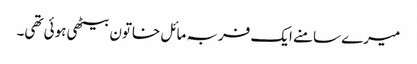
میرے سامنے ایک فربہ مائل خاتون بیٹھی ہوئی تھی۔